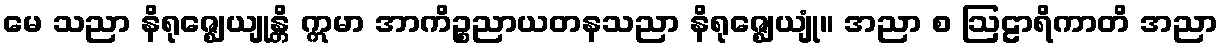
မေ သညာ နိရုဇ္ဈေယျုန္တိ ဣမာ အာကိဉ္စညာယတနသညာ နိရုဇ္ဈေယျုံ။ အညာ စ ဩဠာရိကာတိ အညာ